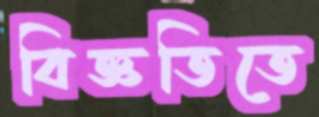
বিজ্ঞতিতে